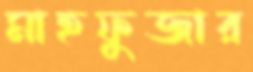
মাহফুজার